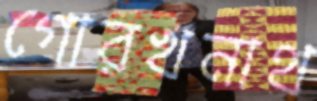
গোরখনাথ